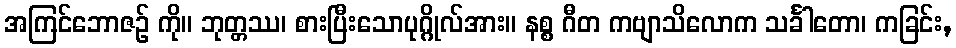
အကြင်ဘောဇဉ် ကို။ ဘုတ္တဿ၊ စားပြီးသောပုဂ္ဂိုလ်အား။ နစ္စ ဂီတ ကဗျာသိလောက သင်္ခါတော၊ ကခြင်း,